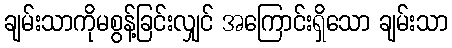
ချမ်းသာကိုမစွန့်ခြင်းလျှင် အကြောင်းရှိသော ချမ်းသာ